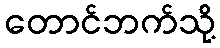
တောင်ဘက်သို့